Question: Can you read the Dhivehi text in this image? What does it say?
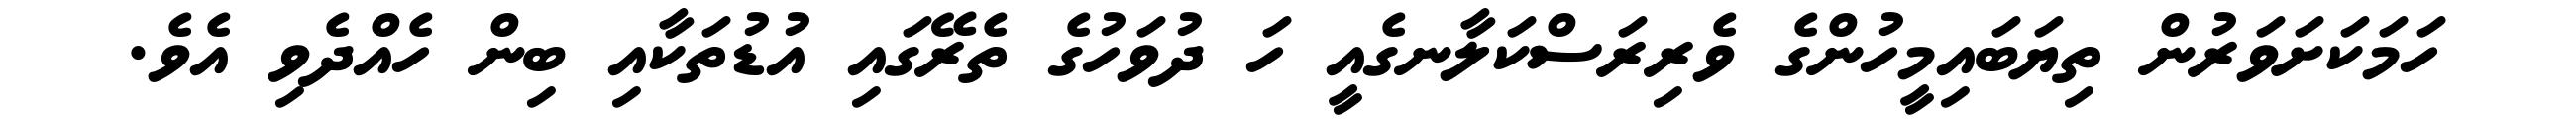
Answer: ހަމަކަށަވަރުން ތިޔަބައިމީހުންގެ ވެރިރަސްކަލާނގެއީ ހަ ދުވަހުގެ ތެރޭގައި އުޑުތަކާއި ބިން ހެއްދެވި އެވެ.